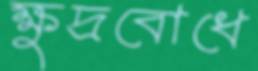
ক্ষুদ্রবোধে